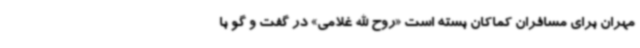
مهران برای مسافران کماکان بسته است «روح الله غلامی» در گفت و گو با